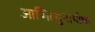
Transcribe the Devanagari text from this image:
आणित्सुनामीचा